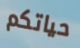
حياتكم